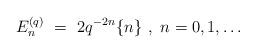
LaTeX: \begin{align*} E_n^{(q)}\ =\ 2 q^{-2n} \{ n \}\ ,\ n=0,1,\ldots\end{align*}